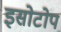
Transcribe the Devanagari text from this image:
इसोटोप